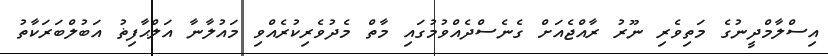
އިސްލާމްދީނުގެ މަތިވެރި ނޫރު ރާއްޖެއަށް ގެނެސްދެއްވުމުގައި މާތް މެދުވެރިކުރެއްވި މައުލާނާ އަލްޙާފިޡު އަބުލްބަރަކާތު